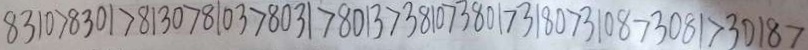
8 3 1 0 > 8 3 0 1 > 8 1 3 0 > 8 1 0 3 > 8 0 3 1 > 8 0 1 3 > 3 8 1 0 > 3 8 0 1 > 3 1 8 0 > 3 0 8 1 > 3 0 8 1 > 3 0 1 8 >